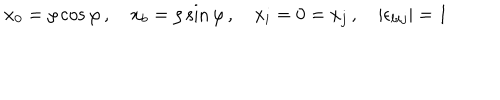
x _ { 0 } = \rho \cos \varphi \, , \quad x _ { b } = \rho \sin \varphi \, , \quad x _ { i } = 0 = x _ { j } \, , \quad \left| \epsilon _ { b i j } \right| = 1